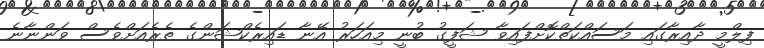
ފިލްމީ ދާއިރާގައި މަސައްކަތްކޮށްފައިވާ ޝަފީގު ބުނީ މިއަހަރު އޭނާ ޑައިރެކްޝަންގެ ތެރެއަށްވެސް ވަންނާނެ